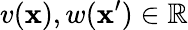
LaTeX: v(\mathbf{x}),w(\mathbf{x}^{\prime})\in\mathbb{R}